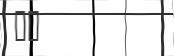
١٦